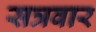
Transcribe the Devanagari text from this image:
सत्रवार